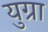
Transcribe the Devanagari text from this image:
युग्रा